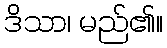
ဒိသာ၊ မည်၏။